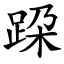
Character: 跥